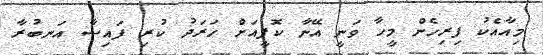
މިއާއެކު ފިރިހެން މީހާ ވަނީ އޭނާ ކޮފީއަށް ހަރަދު ކުރި ފައިސާ އަނބުރާ